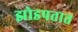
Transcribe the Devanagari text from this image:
झोडपतात